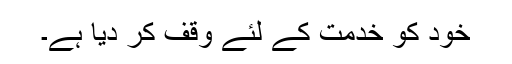
خود کو خدمت کے لئے وقف کر دیا ہے۔